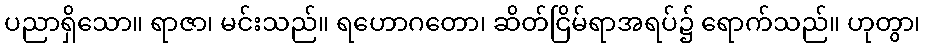
ပညာရှိသော။ ရာဇာ၊ မင်းသည်။ ရဟောဂတော၊ ဆိတ်ငြိမ်ရာအရပ်၌ ရောက်သည်။ ဟုတွာ၊